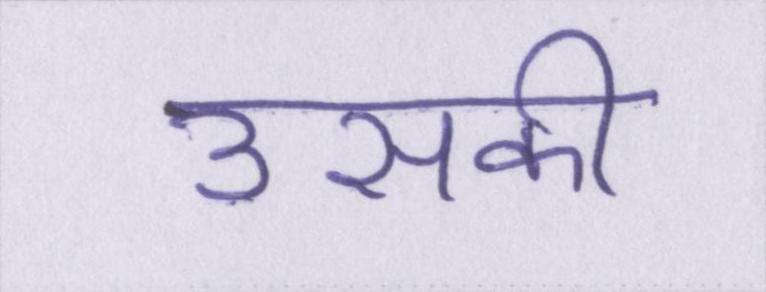
उसकी